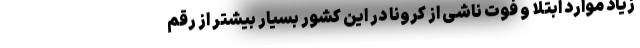
زیاد موارد ابتلا و فوت ناشی از کرونا در این کشور بسیار بیشتر از رقم